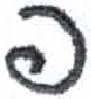
אות: פ